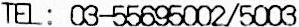
TEL: 03-55695002/5003